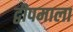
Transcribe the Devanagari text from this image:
द्वीपमाला